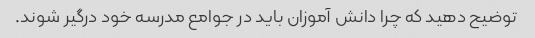
توضیح دهید که چرا دانش آموزان باید در جوامع مدرسه خود درگیر شوند.